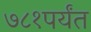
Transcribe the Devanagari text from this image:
७८१पर्यंत